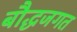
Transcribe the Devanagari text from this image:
बौद्धजगत